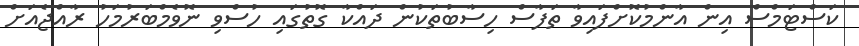
ކަސްޓަމްސް އިން އާންމުކޮށްފައިވާ ތަފާސް ހިސާބުތަކުން ދައްކާ ގޮތުގައި ހުސްވި ނޮވެމްބަރުމަހު ރާއްޖެއަށް